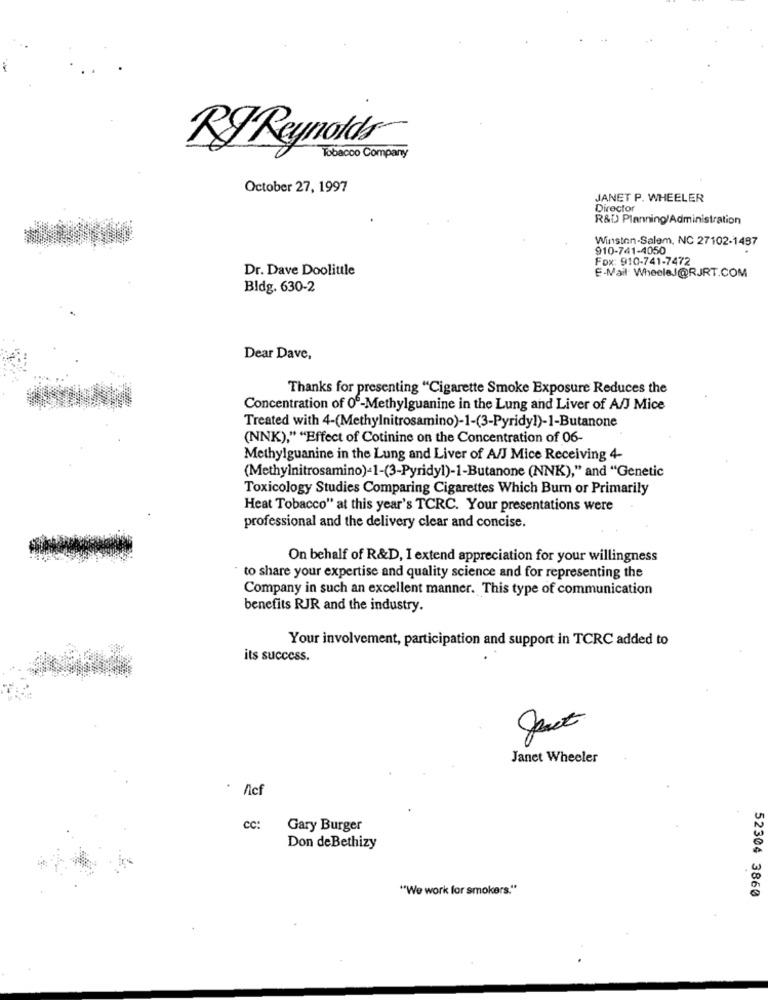
RJ Reynolds
Tobacco Company
October 27, 1997
JANET P. WHEELER
Director
R&D) Planning/Administration
Winston-Salem, NC 27102-1497
910-741-4050
Fox: 910-741-7472
Dr. Dave Doolittle
E-Mail: WheeleJ@RJRT.COM
Bldg. 630-2
Dear Dave,
Thanks for presenting "Cigarette Smoke Exposure Reduces the
Concentration of 06-Methylguanine in the Lung and Liver of A/J Mice
Treated with 4-(Methylnitrosamino)-1-(3-Pyridy!)-1-Butanone
(NNK)," "Effect of Cotinine on the Concentration of 06-
Methylguanine in the Lung and Liver of A/J Mice Receiving 4-
(Methylnitrosamino)-1-(3-Pyridyl)-1-Butanone (NNK)," and "Genetic
Toxicology Studies Comparing Cigarettes Which Burn or Primarily
Heat Tobacco" at this year's TCRC. Your presentations were
professional and the delivery clear and concise.
On behalf of R&D, I extend appreciation for your willingness
to share your expertise and quality science and for representing the
Company in such an excellent manner. This type of communication
benefits RJR and the industry.
Your involvement, participation and support in TCRC added to
its success.
Janet Wheeler
Acf
cc:
Gary Burger
Don de Bethizy
"We work for smokers."
52304 3860